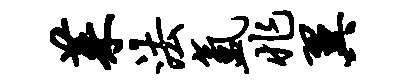
茱法氲兆翼